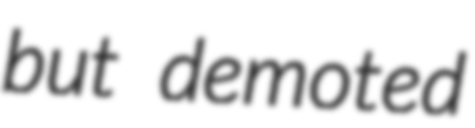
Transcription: but demoted